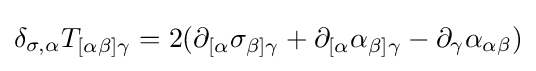
\delta _{\sigma ,\alpha }T_{[\alpha \beta ]\gamma }=2(\partial _{[\alpha }\sigma _{\beta ]\gamma }+\partial _{[\alpha }\alpha _{\beta ]\gamma }-\partial _{\gamma }\alpha _{\alpha \beta })